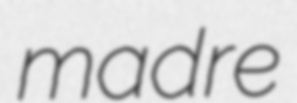
madre